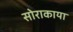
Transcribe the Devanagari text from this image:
सोराकाया